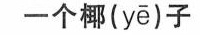
一个椰( yē )子